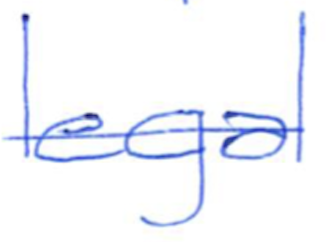
Text: legal
Cross-out: mix
Writing tool: ballpoint